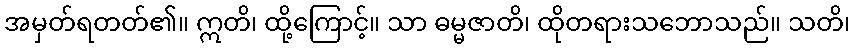
အမှတ်ရတတ်၏။ ဣတိ၊ ထို့ကြောင့်။ သာ ဓမ္မဇာတိ၊ ထိုတရားသဘောသည်။ သတိ၊